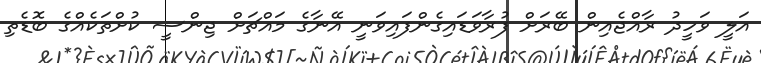
އަލީ ވަހީދު ރާއްޖެއިން ބޭރަށް ފުރާވަޑައިގެންފައިވަނީ އޭނާގެ މައްޗަށް ޖިންސީ ކުށްތަކެއްގެ ބޮޑެތި